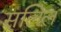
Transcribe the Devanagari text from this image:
सलिलं